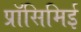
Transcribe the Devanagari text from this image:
प्रॉसिमिई